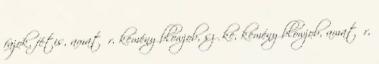
fajok, fétis, amatőr, kemény blowjob, szőke, kemény blowjob, amatőr,